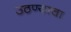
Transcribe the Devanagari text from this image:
उठण्याचा